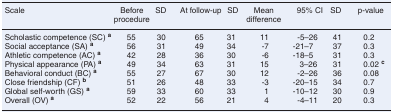
| Scale | Before procedure | SD | At follow-up | SD | Mean difference | 95% CI | SD | p-value |
 | --- | --- | --- | --- | --- | --- | --- | --- | --- |
 | Scholastic competence (SC) a | 55 | 30 | 65 | 31 | 11 | -5–26 | 41 | 0.2 |
 | Social acceptance (SA) a | 56 | 31 | 49 | 34 | -7 | -21–7 | 37 | 0.3 |
 | Athletic competence (AC) a | 42 | 28 | 36 | 30 | -6 | -18–5 | 31 | 0.3 |
 | Physical appearance (PA) a | 49 | 34 | 63 | 31 | 15 | 3–26 | 31 | 0.02 c |
 | Behavioral conduct (BC) a | 55 | 27 | 67 | 30 | 12 | -2–26 | 36 | 0.08 |
 | Close friendship (CF) b | 51 | 26 | 48 | 33 | -3 | -20–15 | 34 | 0.7 |
 | Global self-worth (GS) a | 59 | 33 | 60 | 33 | 1 | -10–12 | 30 | 0.9 |
 | Overall (OV) a | 52 | 22 | 56 | 21 | 4 | -4–11 | 20 | 0.3 |